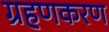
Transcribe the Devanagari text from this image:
ग्रहणकरण